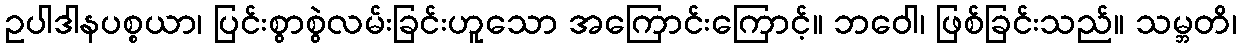
ဥပါဒါနပစ္စယာ၊ ပြင်းစွာစွဲလမ်းခြင်းဟူသော အကြောင်းကြောင့်။ ဘဝေါ၊ ဖြစ်ခြင်းသည်။ သမ္ဘတိ၊